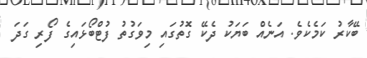
ބޭކާރު ކަމެކެވެ. އަނެއް ބަޔަކު ދެކޭ ގޮތުގައި މިވަގުތު ފުޓްބޯޅައިގެ ފޯރި ގަދަ